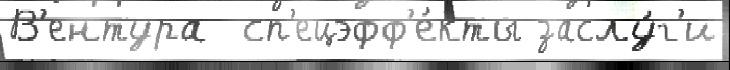
В'ентура  сп'ецэфф'е́кты заслу́г'и